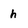
Character: h